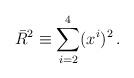
\begin{align*}\bar{R}^2\equiv \sum_{i=2}^{4} (x^{i})^2 \, .\end{align*}